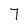
Character: 7